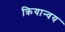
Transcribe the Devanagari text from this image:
क्रियान्वय